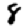
Digit: 8